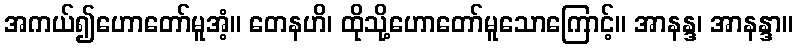
အကယ်၍ဟောတော်မူအံ့။ တေနဟိ၊ ထိုသို့ဟောတော်မူသောကြောင့်။ အာနန္ဒ၊ အာနန္ဒာ။